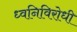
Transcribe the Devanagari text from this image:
ध्वनिविरोधी